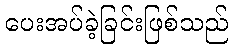
ပေးအပ်ခဲ့ခြင်းဖြစ်သည်